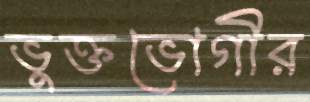
ভুক্তভোগীর